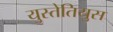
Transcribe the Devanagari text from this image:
युस्तेतियुस